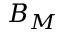
B _ { M }